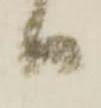
ハ